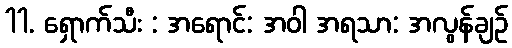
11. ရှောက်သီး : အရောင်: အဝါ အရသာ: အလွန်ချဉ်